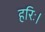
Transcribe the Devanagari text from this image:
हरिः।